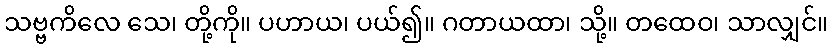
သဗ္ဗကိလေ သေ၊ တို့ကို။ ပဟာယ၊ ပယ်၍။ ဂတာယထာ၊ သို့။ တထေဝ၊ သာလျှင်။